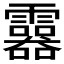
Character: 𩆮